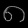
Digit: ၈